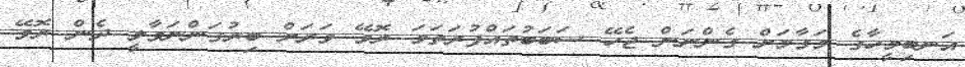
އަނބިމީހާގެ މަގާމަށް ގެންނަން ޖެހޭ ސަބަބުތައްފުރަތަމަ ރޮވޭ ވަރަށް ބިރުގަންނަވާލީ ދެން ރޮވޭ